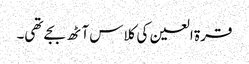
قرۃ العین کی کلاس آٹھ بجے تھی۔